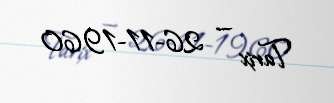
Tarix — 26-11-1960